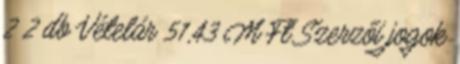
2 2 db Vételár 51,43 M Ft Szerzői jogok